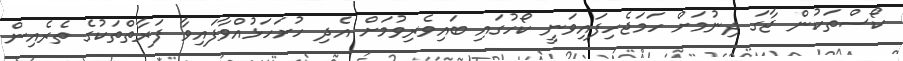
ކޯސްތަކުން ޖާގަ ދިނުމަށް ހަމަޖެހިފައިވަނީ ކޯހުގައި ބައިވެރިވުމަށް އެދި ހުށަހަޅުއްވާފައިވާ ފަރާތްތަކުގެ ތެރެއިން